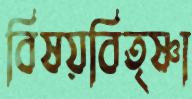
বিষয়বিতৃষ্ণা